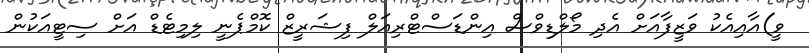
ވީ)އާއިއެކު ވަޒީފާއަށް އެދި މޯލްޑިވްސް އިންޑަސްޓްރިއަލް ފިޝަރީޒް ކޮމްޕެނީ ލިމިޓެޑް އަށް ސިޓީއަކުން